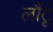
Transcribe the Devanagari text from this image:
लौंटूं